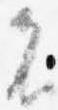
者